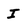
Character: I